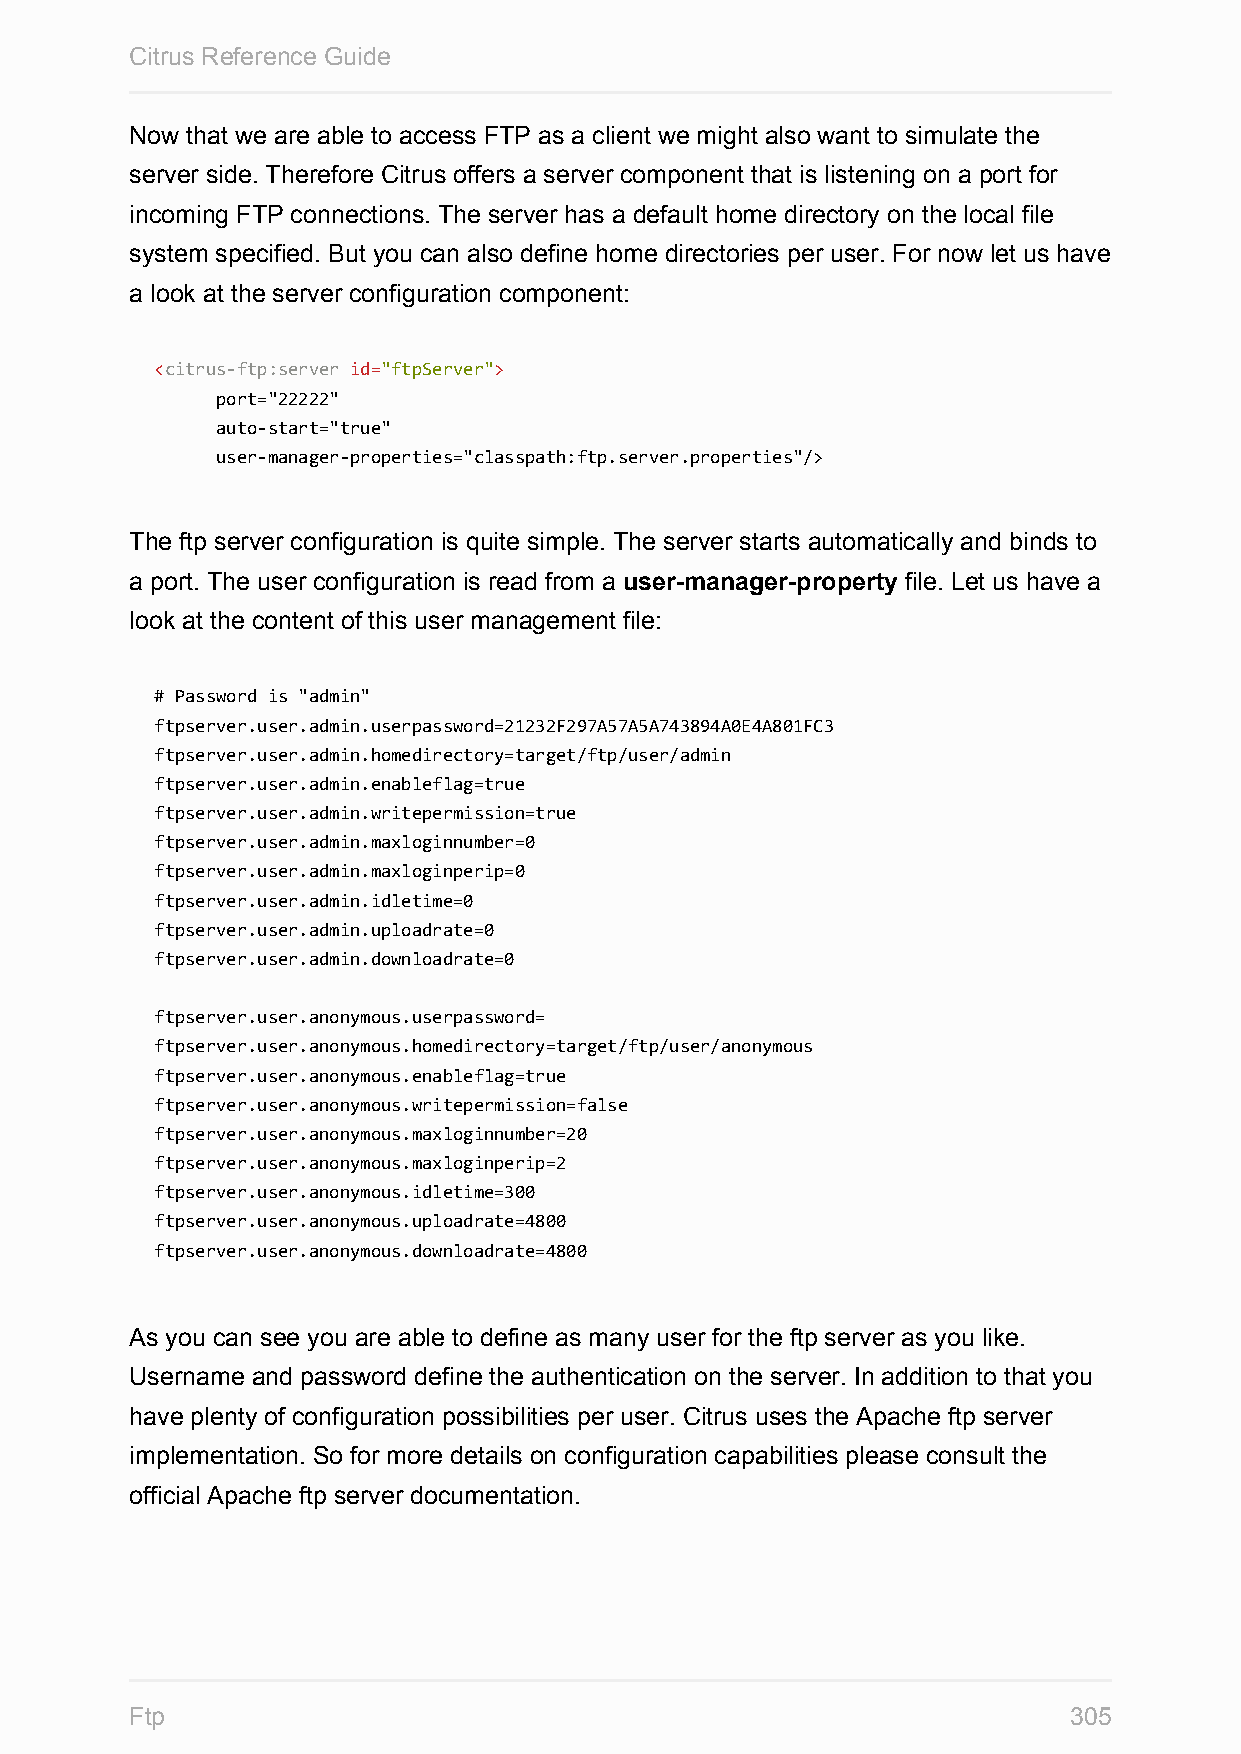
Citrus Reference Guide
 Now that we are able to access FTP as a client we might also want to simulate the
 server side. Therefore Citrus offers a server component that is listening on a port for
 incoming FTP connections. The server has a default home directory on the local file
 system specified. But you can also define home directories per user. For now let us have
 a look at the server configuration component:
 <citrus-ftp:server id="ftpServer">
 port="22222"
 auto-start="true"
 user-manager-properties="classpath:ftp.server.properties"/>
 The ftp server configuration is quite simple. The server starts automatically and binds to
 a port. The user configuration is read from a user-manager-property file. Let us have a
 look at the content of this user management file:
 # Password is "admin"
 ftpserver.user.admin.userpassword=21232F297A57A5A743894A0E4A801FC3
 ftpserver.user.admin.homedirectory=target/ftp/user/admin
 ftpserver.user.admin.enableflag=true
 ftpserver.user.admin.writepermission=true
 ftpserver.user.admin.maxloginnumber=0
 ftpserver.user.admin.maxloginperip=0
 ftpserver.user.admin.idletime=0
 ftpserver.user.admin.uploadrate=0
 ftpserver.user.admin.downloadrate=0
 ftpserver.user.anonymous.userpassword=
 ftpserver.user.anonymous.homedirectory=target/ftp/user/anonymous
 ftpserver.user.anonymous.enableflag=true
 ftpserver.user.anonymous.writepermission=false
 ftpserver.user.anonymous.maxloginnumber=20
 ftpserver.user.anonymous.maxloginperip=2
 ftpserver.user.anonymous.idletime=300
 ftpserver.user.anonymous.uploadrate=4800
 ftpserver.user.anonymous.downloadrate=4800
 As you can see you are able to define as many user for the ftp server as you like.
 Username and password define the authentication on the server. In addition to that you
 have plenty of configuration possibilities per user. Citrus uses the Apache ftp server
 implementation. So for more details on configuration capabilities please consult the
 official Apache ftp server documentation.
 Ftp                                                           305